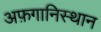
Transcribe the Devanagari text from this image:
अफ़गानिस्थान